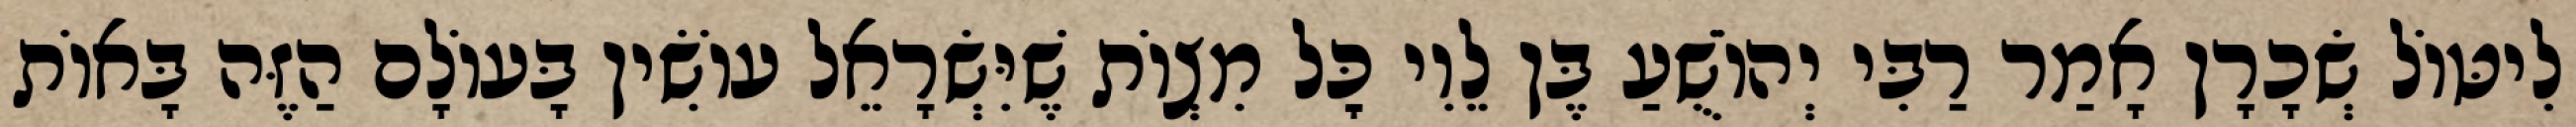
לִיטּוֹל שְׂכָרָן אָמַר רַבִּי יְהוֹשֻׁעַ בֶּן לֵוִי כׇּל מִצְוֹת שֶׁיִּשְׂרָאֵל עוֹשִׂין בָּעוֹלָם הַזֶּה בָּאוֹת